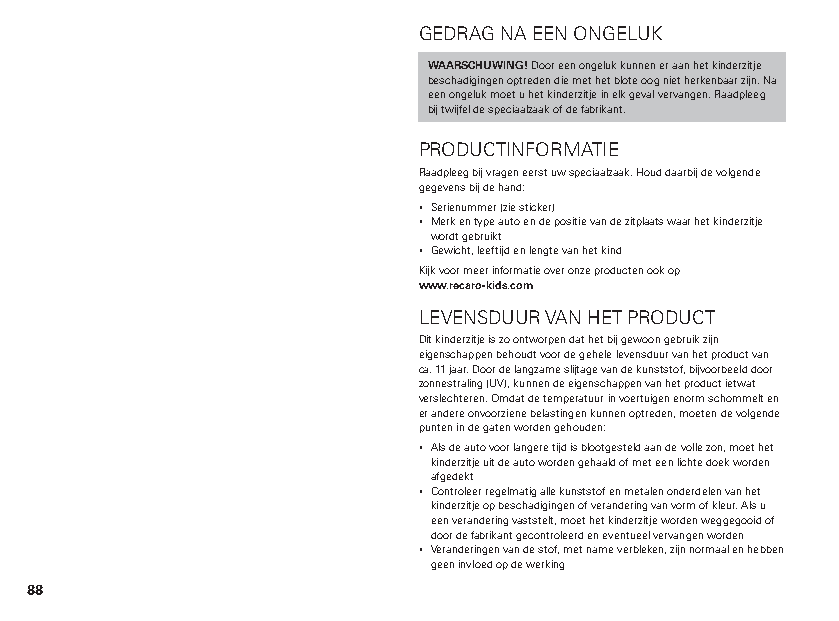
GEDRAG NA EEN ONGELUK
 WAARSCHUWING! Door een ongeluk kunnen er aan het kinderzitje
 beschadigingen optreden die met het blote oog niet herkenbaar zijn. Na
 een ongeluk moet u het kinderzitje in elk geval vervangen. Raadpleeg
 bij twijfel de speciaalzaak of de fabrikant.
 PRODUCTINFORMATIE
 Raadpleeg bij vragen eerst uw speciaalzaak. Houd daarbij de volgende
 gegevens bij de hand:
 ▪ Serienummer (zie sticker)
 ▪ Merk en type auto en de positie van de zitplaats waar het kinderzitje
 wordt gebruikt
 ▪ Gewicht, leeftijd en lengte van het kind
 Kijk voor meer informatie over onze producten ook op
 www.recaro-kids.com
 LEVENSDUUR VAN HET PRODUCT
 Dit kinderzitje is zo ontworpen dat het bij gewoon gebruik zijn
 eigenschappen behoudt voor de gehele levensduur van het product van
 ca. 11 jaar. Door de langzame slijtage van de kunststof, bijvoorbeeld door
 zonnestraling (UV), kunnen de eigenschappen van het product ietwat
 verslechteren. Omdat de temperatuur in voertuigen enorm schommelt en
 er andere onvoorziene belastingen kunnen optreden, moeten de volgende
 punten in de gaten worden gehouden:
 ▪ Als de auto voor langere tijd is blootgesteld aan de volle zon, moet het
 kinderzitje uit de auto worden gehaald of met een lichte doek worden
 afgedekt
 ▪ Controleer regelmatig alle kunststof en metalen onderdelen van het
 kinderzitje op beschadigingen of verandering van vorm of kleur. Als u
 een verandering vaststelt, moet het kinderzitje worden weggegooid of
 door de fabrikant gecontroleerd en eventueel vervangen worden
 ▪ Veranderingen van de stof, met name verbleken, zijn normaal en hebben
 geen invloed op de werking
 88